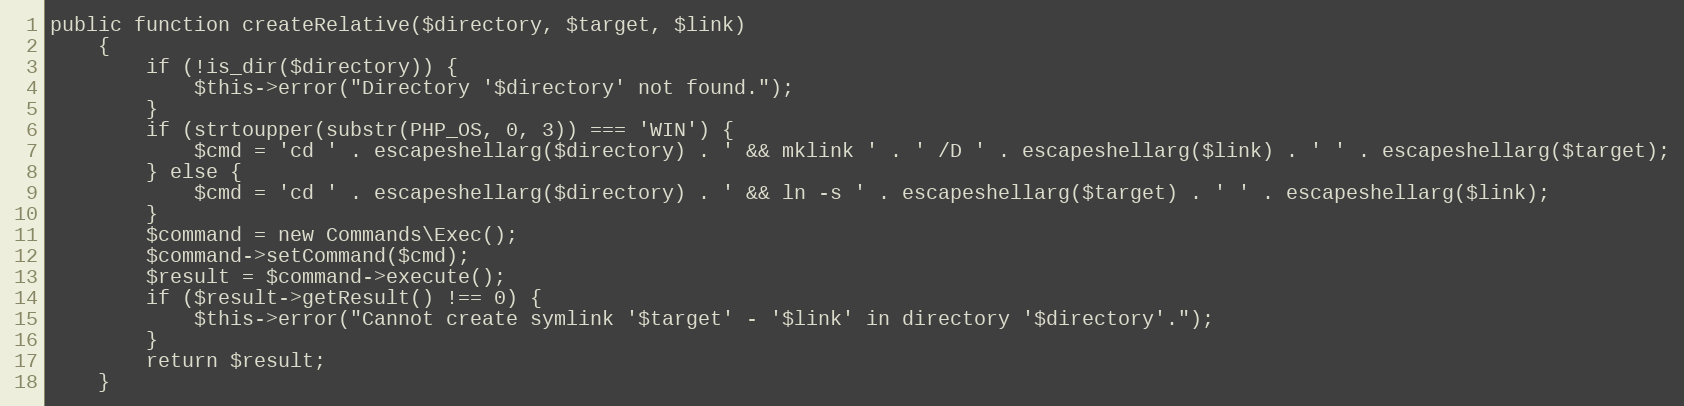
Language: PHP
public function createRelative($directory, $target, $link)
	{
		if (!is_dir($directory)) {
			$this->error("Directory '$directory' not found.");
		}
		if (strtoupper(substr(PHP_OS, 0, 3)) === 'WIN') {
			$cmd = 'cd ' . escapeshellarg($directory) . ' && mklink ' . ' /D ' . escapeshellarg($link) . ' ' . escapeshellarg($target);
		} else {
			$cmd = 'cd ' . escapeshellarg($directory) . ' && ln -s ' . escapeshellarg($target) . ' ' . escapeshellarg($link);
		}
		$command = new Commands\Exec();
		$command->setCommand($cmd);
		$result = $command->execute();
		if ($result->getResult() !== 0) {
			$this->error("Cannot create symlink '$target' - '$link' in directory '$directory'.");
		}
		return $result;
	}